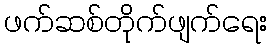
ဖက်ဆစ်တိုက်ဖျက်ရေး